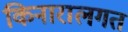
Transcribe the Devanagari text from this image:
किनारालगत